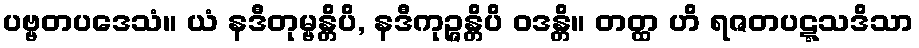
ပဗ္ဗတပဒေသံ။ ယံ နဒီတုမ္ဗန္တိပိ, နဒီကုဉ္ဇန္တိပိ ဝဒန္တိ။ တတ္ထ ဟိ ရဇတပဋ္ဋသဒိသာ